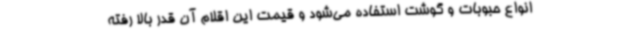
انواع حبوبات و گوشت استفاده می‌شود و قیمت این اقلام آن قدر بالا رفته